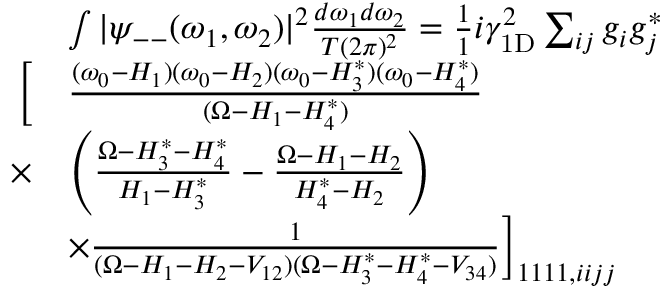
\begin{array} { r l } & { \int | \psi _ { -- } ( \omega _ { 1 } , \omega _ { 2 } ) | ^ { 2 } \frac { d \omega _ { 1 } d \omega _ { 2 } } { T ( 2 \pi ) ^ { 2 } } = \frac { 1 } { 1 } { i \gamma _ { \mathrm { 1 D } } ^ { 2 } } \sum _ { i j } g _ { i } g _ { j } ^ { * } } \\ { \Big [ } & { \frac { ( \omega _ { 0 } - H _ { 1 } ) ( \omega _ { 0 } - H _ { 2 } ) ( \omega _ { 0 } - H _ { 3 } ^ { * } ) ( \omega _ { 0 } - H _ { 4 } ^ { * } ) } { ( \Omega - H _ { 1 } - H _ { 4 } ^ { * } ) } } \\ { \times } & { \left( \frac { \Omega - H _ { 3 } ^ { * } - H _ { 4 } ^ { * } } { H _ { 1 } - H _ { 3 } ^ { * } } - \frac { \Omega - H _ { 1 } - H _ { 2 } } { H _ { 4 } ^ { * } - H _ { 2 } } \right) } \\ & { \times \frac 1 { ( \Omega - H _ { 1 } - H _ { 2 } - V _ { 1 2 } ) ( \Omega - H _ { 3 } ^ { * } - H _ { 4 } ^ { * } - V _ { 3 4 } ) } \Big ] _ { 1 1 1 1 , i i j j } } \end{array}